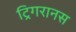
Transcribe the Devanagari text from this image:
ट्रिगरानस